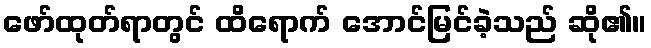
ဖော်ထုတ်ရာတွင် ထိရောက် အောင်မြင်ခဲ့သည် ဆို၏။